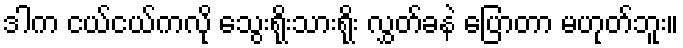
ဒါက ငယ်ငယ်ကလို သွေးရိုးသားရိုး လွှတ်ခနဲ ပြောတာ မဟုတ်ဘူး။